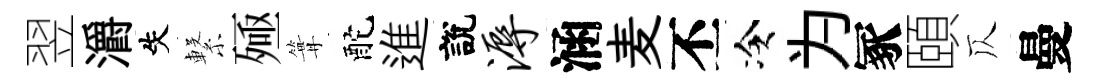
翌灂失繋殛篝酡進說溽涵麦丕冷为冢頤仄曼